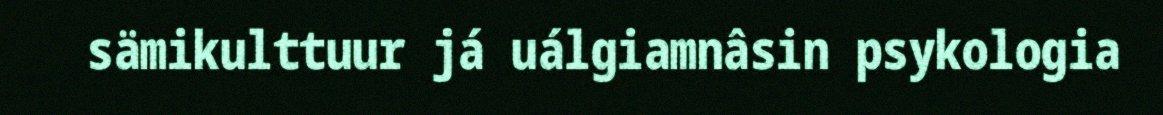
sämikulttuur já uálgiamnâsin psykologia